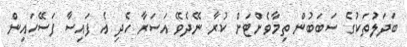
ބަދަލުތަކުގެ ސަބަބުން ތިމާވެށްޓަށް ކުރާ ނޭދެވޭ އަސަރާ ހެދި އެ ފައިސާ ފަސޭހައިން